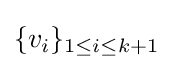
\{v_{i}\}_{1\leq i\leq k+1}